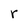
Character: r